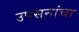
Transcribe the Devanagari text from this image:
उपसनांचा